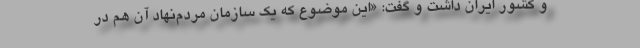
و کشور ایران داشت و گفت: «این موضوع که یک سازمان مردم‌نهاد آن هم در